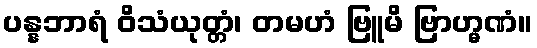
ပန္နဘာရံ ဝိသံယုတ္တံ၊ တမဟံ ဗြူမိ ဗြာဟ္မဏံ။